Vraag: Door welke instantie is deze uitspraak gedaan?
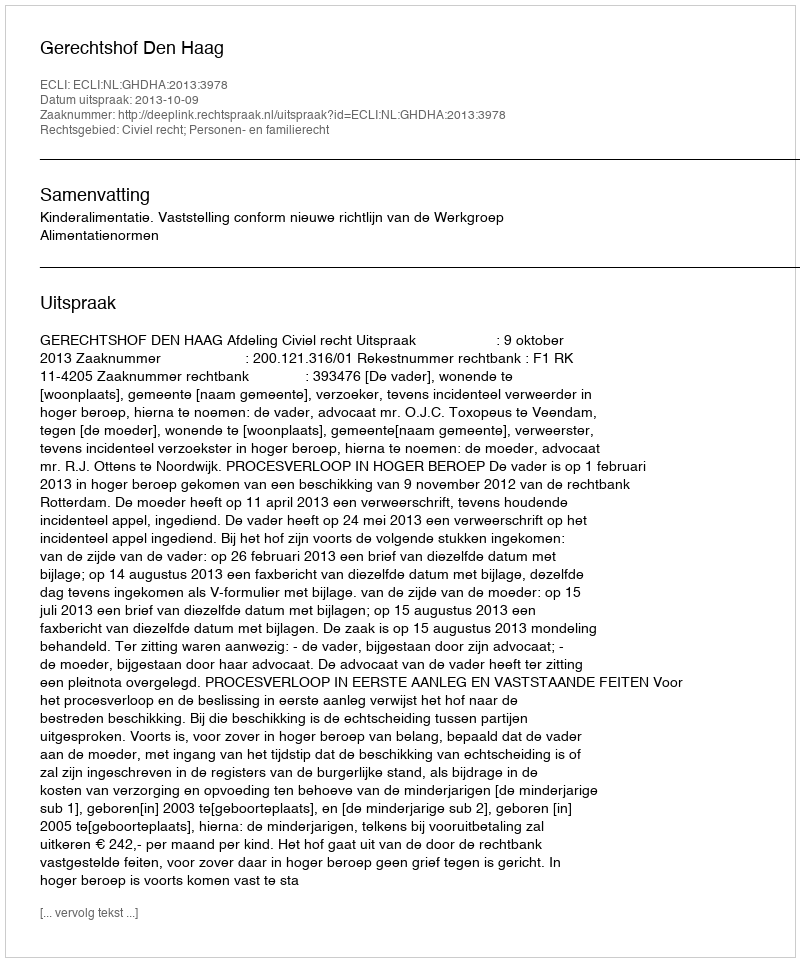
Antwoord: Gerechtshof Den Haag